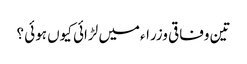
تین وفاقی وزراءمیں لڑائی کیوں ہوئی ؟